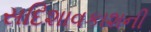
સદિશાવકાશની